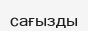
сағызды